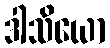
ဒါသိယော